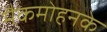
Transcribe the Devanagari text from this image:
मैकमोहनके